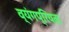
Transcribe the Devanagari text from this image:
व्यंगप्रियता